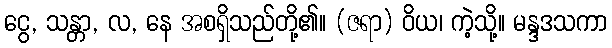
ငွေ, သန္တာ, လ, နေ အစရှိသည်တို့၏။ (ဇရာ) ဝိယ၊ ကဲ့သို့။ မန္ဒဒသကာ